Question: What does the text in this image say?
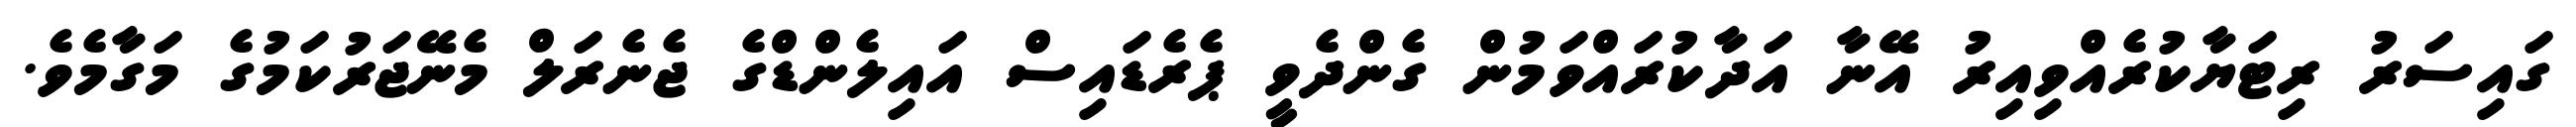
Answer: ގައިސަރު ރިޓަޔާކުރެއްވިއިރު އޭނާ އަދާކުރައްވަމުން ގެންދެވީ ޕެރެޑައިސް އައިލެންޑްގެ ޖެނެރަލް މެނޭޖަރުކަމުގެ މަގާމެވެ.